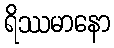
ရိဿမာနော